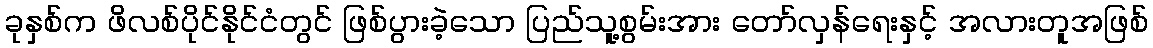
ခုနှစ်က ဖိလစ်ပိုင်နိုင်ငံတွင် ဖြစ်ပွားခဲ့သော ပြည်သူ့စွမ်းအား တော်လှန်ရေးနှင့် အလားတူအဖြစ်